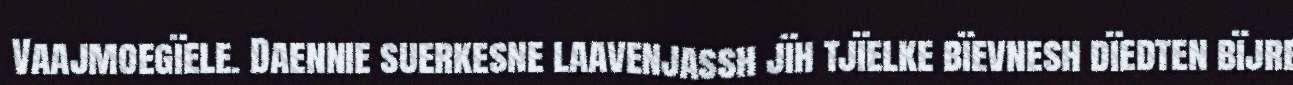
Vaajmoegïele. Daennie suerkesne laavenjassh jïh tjïelke bïevnesh dïedten bïjre